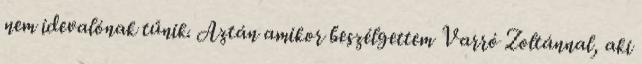
nem idevalónak tűnik. Aztán amikor beszélgettem Varró Zoltánnal, aki